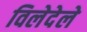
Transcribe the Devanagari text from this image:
विलेदेले